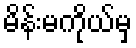
မိန်းမကိုယ်မှ